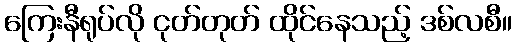
ကြေးနီရုပ်လို ငုတ်တုတ် ထိုင်နေသည့် ဒစ်လစီ။